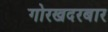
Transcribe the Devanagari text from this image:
गोरखदरबार